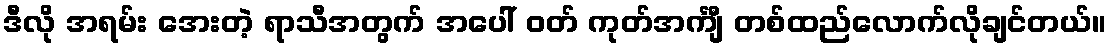
ဒီလို အရမ်း အေးတဲ့ ရာသီအတွက် အပေါ် ဝတ် ကုတ်အင်္ကျီ တစ်ထည်လောက်လိုချင်တယ်။